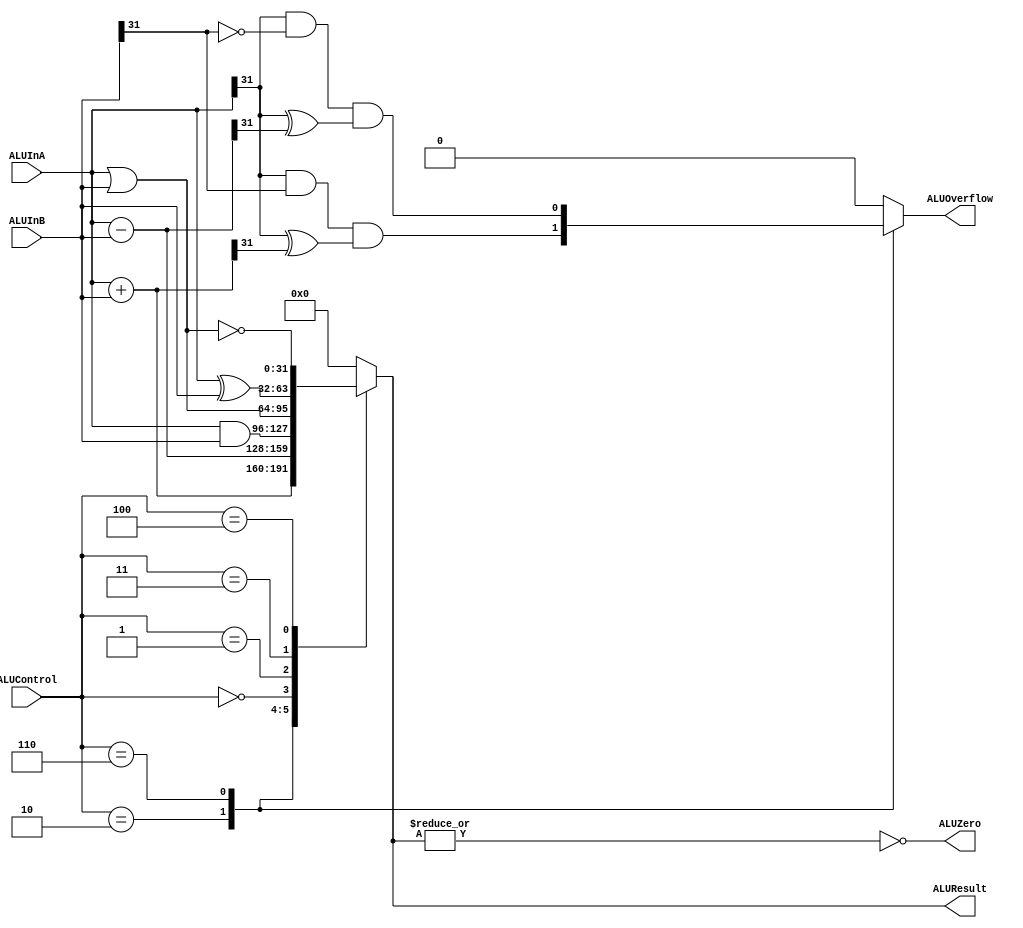
module alu(ALUInA, ALUInB, ALUControl, ALUResult, ALUZero, ALUOverflow);
parameter N = 32;
input [3:0] ALUControl;
input signed [N-1:0] ALUInA, ALUInB;
output ALUZero;
output  reg ALUOverflow;
output reg signed [N-1:0] ALUResult;

// ALUControl codes
parameter ALU_ADD = 4'd2,
          ALU_SUB = 4'd6,
          ALU_AND = 4'd0,
          ALU_OR  = 4'd1,
          ALU_XOR = 4'd3,
          ALU_NOR = 4'd4;

assign ALUZero = ~|ALUResult;

always @ (*) begin
  ALUResult   = 1'b0;
  ALUOverflow = 1'b0;
  case(ALUControl)
    ALU_ADD : begin
      ALUResult   = ALUInA + ALUInB;
      ALUOverflow = (ALUInA[N-1] & ALUInB[N-1])
                    & (ALUInA[N-1] ^ ALUResult[N-1]);
    end
    ALU_SUB : begin
      ALUResult   = ALUInA - ALUInB;
      ALUOverflow = (ALUInA[N-1] & ~ALUInB[N-1])
                    & (ALUInA[N-1] ^ ALUResult[N-1]);
    end
    ALU_AND : begin
      ALUResult   = ALUInA & ALUInB;
      ALUOverflow = 1'b0;
    end
    ALU_OR  : begin
      ALUResult   = ALUInA | ALUInB;
      ALUOverflow = 1'b0;
    end
    ALU_XOR : begin
      ALUResult   = ALUInA ^ ALUInB;
      ALUOverflow = 1'b0;
    end
    ALU_NOR : begin
      ALUResult   = ~(ALUInA | ALUInB);
      ALUOverflow = 1'b0;
    end
  endcase
end

endmodule